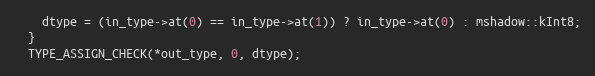
Language: C++
    dtype = (in_type->at(0) == in_type->at(1)) ? in_type->at(0) : mshadow::kInt8;
  }
  TYPE_ASSIGN_CHECK(*out_type, 0, dtype);